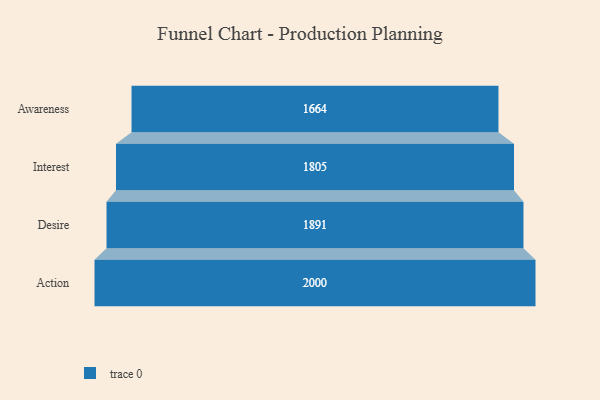
{"axis": {"x": "Stage", "y": "Value"}, "legend": [""], "data": [{"x": "Awareness", "y": 1664.0, "type": ""}, {"x": "Interest", "y": 1805.0, "type": ""}, {"x": "Desire", "y": 1891.0, "type": ""}, {"x": "Action", "y": 2000, "type": ""}]}